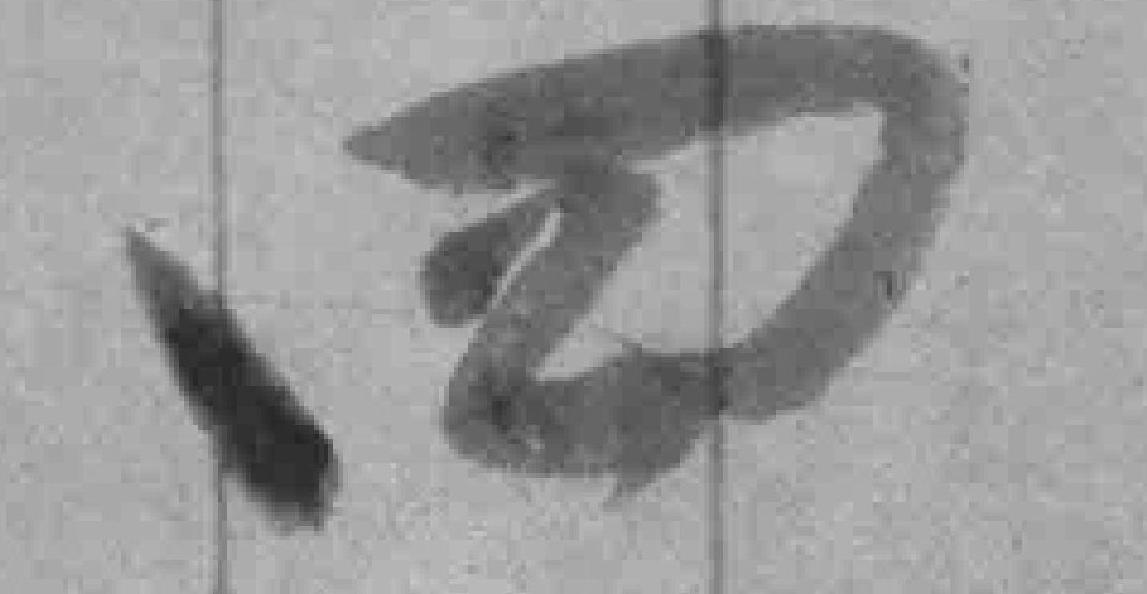
四